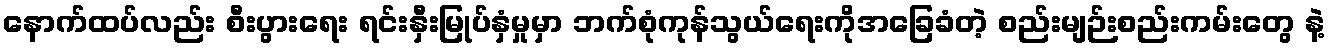
နောက်ထပ်လည်း စီးပွားရေး ရင်းနှီးမြုပ်နှံမှုမှာ ဘက်စုံကုန်သွယ်ရေးကိုအခြေခံတဲ့ စည်းမျဉ်းစည်းကမ်းတွေ နဲ့